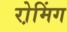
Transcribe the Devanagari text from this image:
रो़मिंग